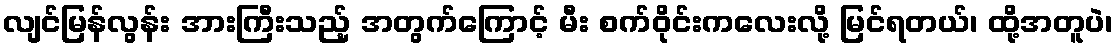
လျင်မြန်လွန်း အားကြီးသည့် အတွက်ကြောင့် မီး စက်ဝိုင်းကလေးလို့ မြင်ရတယ်၊ ထို့အတူပဲ၊